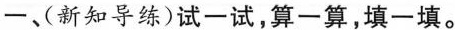
一、（新知导练)试一试，算一算，填一填。